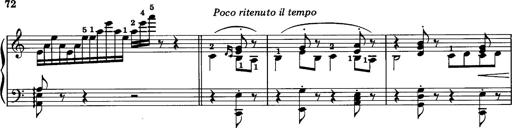
Title: La romanesca
Composer: Franz Liszt